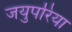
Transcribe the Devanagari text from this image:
जयुपरिया